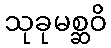
သုခုမစ္ဆဝိ